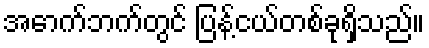
အောက်ဘက်တွင် ပြန့်ငယ်တစ်ခုရှိသည်။